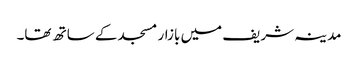
مدینہ شریف میں بازار مسجد کے ساتھ تھا۔